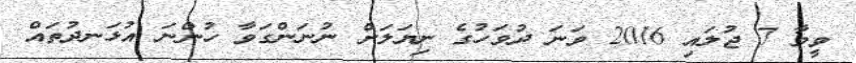
ވީމާ 7 ޖުލައި 2016 ވަނަ ދުވަހުގެ ނިޔަލަށް ނުނަންގަވާ ހުންނަ އުޅަނދުތައް